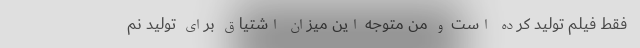
فقط فیلم تولید کرده است و من متوجه این میزان اشتیاق برای تولید نم